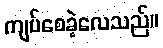
ကျပ်စေခဲ့လေသည်။